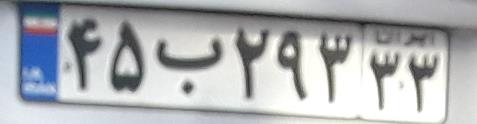
۴۵ب۲۹۳۳۳